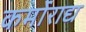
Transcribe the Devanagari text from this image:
कर्मोराद्य